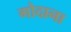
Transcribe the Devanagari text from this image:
गोदाना